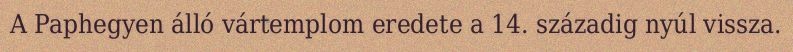
A Paphegyen álló vártemplom eredete a 14. századig nyúl vissza.